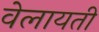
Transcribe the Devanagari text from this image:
वेलायती